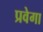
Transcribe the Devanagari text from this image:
प्रवेगा